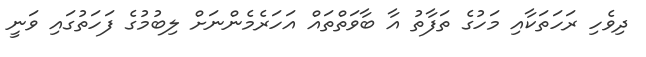
ދިވެހި ރަހަތަކާއި މަހުގެ ތަފާތު އާ ބާވަތްތައް އަހަރެމެންނަށް ލިބުމުގެ ފަހަތުގައި ވަނީ